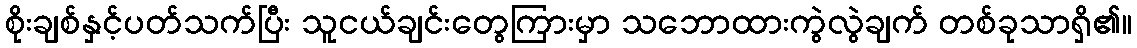
စိုးချစ်နှင့်ပတ်သက်ပြီး သူငယ်ချင်းတွေကြားမှာ သဘောထားကွဲလွဲချက် တစ်ခုသာရှိ၏။